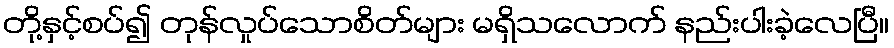
တို့နှင့်စပ်၍ တုန်လှုပ်သောစိတ်များ မရှိသလောက် နည်းပါးခဲ့လေပြီ။